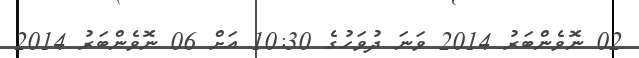
02 ނޮވެންބަރު 2014 ވަނަ ދުވަހުގެ 10:30 އަށް 06 ނޮވެންބަރު 2014